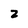
Character: 2